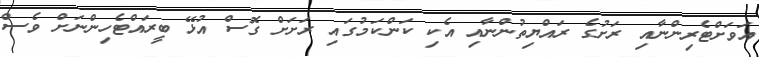
އަވަށްޓެރިންނާއި ރަށުގެ ރައްޔިތުންނާއި އެކި ކަންކަމުގައި ރަށަށް ގޮސް އުޅޭ ބީރައްޓެހިންނަށް ވެސް